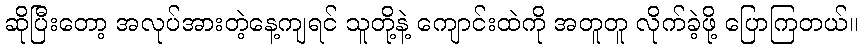
ဆိုပြီးတော့ အလုပ်အားတဲ့နေ့ကျရင် သူတို့နဲ့ ကျောင်းထဲကို အတူတူ လိုက်ခဲ့ဖို့ ပြောကြတယ်။